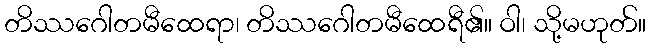
တိဿဂေါတမီထေရာ၊ တိဿဂေါတမီထေရီ၏။ ဝါ၊ သို့မဟုတ်။